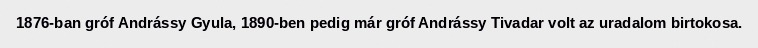
1876-ban gróf Andrássy Gyula, 1890-ben pedig már gróf Andrássy Tivadar volt az uradalom birtokosa.